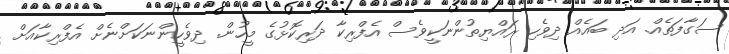
ސަގާފަތެއް. އަދި ބައެއް ދިވެހި ރައްޔިތުންނަކީވެސް އެފްރިކާ ދަރިކޮޅުގެ މީހުން. ދިވެހީންނަކަށްނެށް އެފްރިކާއަށް